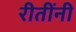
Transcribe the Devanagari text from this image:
रीतींनी